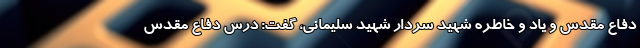
دفاع مقدس و یاد و خاطره شهید سردار شهید سلیمانی، گفت: درس دفاع مقدس